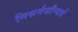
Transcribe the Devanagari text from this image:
निसर्गसौन्दर्य